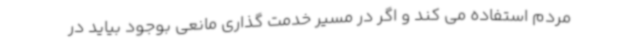
مردم استفاده می کند و اگر در مسیر خدمت گذاری مانعی بوجود بیاید در